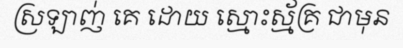
ស្រឡាញ់ គេ ដោយ ស្មោះស្ម័គ្រ ជាមុន